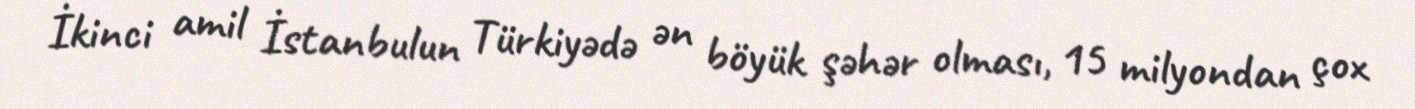
İkinci amil İstanbulun Türkiyədə ən böyük şəhər olması, 15 milyondan çox